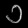
Digit: ၁